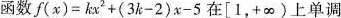
函数$$f ( x ) = k x ^ { 2 } + ( 3 k - 2 ) x - 5$$在$$[1， + \infty)上单调